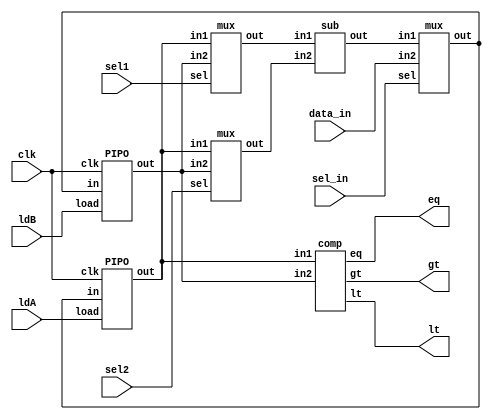
module gcd_datapath (lt, gt, eq, clk, ldA, ldB, sel1, sel2, sel_in, data_in);
    output gt, lt, eq;
    input ldA, ldB, sel1, sel2, sel_in, clk;
    input [15:0] data_in;
    wire [15:0] bus, Aout, Bout, X, Y, Subout;

    PIPO A (Aout, clk, bus, ldA);
    PIPO B (Bout, clk, bus, ldB);

    mux M1 (bus, sel_in, Subout, data_in);
    mux M2 (X, sel1, Aout, Bout);
    mux M3 (Y, sel2, Aout, Bout);

    comp C1 (lt, gt, eq, Aout, Bout);
    sub S (Subout, X, Y);

endmodule

module mux (out, sel, in1, in2);
    output [15:0] out;
    input sel;
    input [15:0] in1, in2;
    assign out = sel ? in2 : in1;
endmodule

module comp (lt, gt, eq, in1, in2);
    output lt, gt, eq;
    input [15:0] in1, in2;
    assign lt = (in1<in2);
    assign gt = (in1>in2);
    assign eq = (in1==in2);
endmodule

module sub (out, in1, in2);
    output reg [15:0] out;
    input [15:0] in1, in2;
    always @(*)
    begin
    out<=in1-in2;
    end
endmodule

module PIPO (out, clk, in, load);
    output reg [15:0] out;
    input clk, load;
    input [15:0] in;

    always @(posedge clk ) begin
        if (load) out<=in;
    end
endmodule

module gcd_control (done, ldA, ldB, sel1, sel2, sel_in, clk, data_in, start, lt, gt, eq);
    output reg done, ldA, ldB, sel1, sel2, sel_in;
    input clk, start, lt, gt, eq;
    input [15:0] data_in;
    reg [2:0] state, next_state;

    parameter S0 = 3'b000, S1 = 3'b001, S2 = 3'b010, S3 = 3'b011, S4 = 3'b100, S5 = 3'b101;

    always @(posedge clk ) begin
        case (state)
                S0:     if (start) state <= S1;
                S1:     state <= S2;
                S2:     #2 if (eq) state <= S5;
                            else if (lt) state <= S3;
                            else if (gt) state <= S4;
                S3:     #2 if (eq) state <= S5;
                            else if (lt) state <= S3;
                            else if (gt) state <= S4;
                S4:    #2 if (eq) state <= S5;
                            else if (lt) state <= S3;
                            else if (gt) state <= S4;
                S5:         state <= S5;
                default:    state <= S0;
        endcase
        
        //state<=next_state;
    end

    always @(state)
    begin
        case (state)
            S0: begin
                    sel_in=1;
                    ldA=1;
                   // next_state=S1;
                    done=0;
                end

            S1: begin
                ldA=0; ldB=1; 
               // next_state=S2;
            end

            S2: begin
                ldB=0;
                sel_in=0;
                if (eq) begin
                    //next_state=S5;
                end
                else if (lt) begin
                    sel1=1; sel2=0; //next_state=S3;
                    #1 ldA=0; ldB=1;
                end
                else if (gt) begin
                    sel1=0; sel2=1; //next_state=S4;
                    #1 ldA=1; ldB=0;
                end
            end

            S3: begin
                ldA=0; ldB=0; sel_in=0;
                if (eq) begin
                    //next_state=S5;
                end
                else if (lt) begin
                    sel1=1; sel2=0; //next_state=S3;
                    #1 ldA=0; ldB=1;
                end
                else if (gt) begin
                    sel1=0; sel2=1; //next_state=S4;
                    #1 ldA=1; ldB=0;
                end
            end

            S4: begin
                ldA=0; ldB=0; sel_in=0;
                if (eq) begin
                   // next_state=S5;
                end
                else if (lt) begin
                    sel1=1; sel2=0; //next_state=S3;
                    #1 ldA=0; ldB=1;
                end
                else if (gt) begin
                    sel1=0; sel2=1; //next_state=S4;
                    #1 ldA=1; ldB=0;
                end
            end
            S5: begin
                
                ldA=0; ldB=0;
                done=1;
                // next_state=S5;
            end

            default: begin
                // next_state=S0;
                ldA=0; ldB=0;
                
            end
        endcase
    end
endmodule